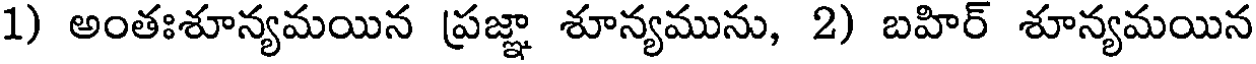
1) అంతఃశూన్యమయిన ప్రజ్ఞా శూన్యమును, 2) బహిర్ శూన్యమయిన